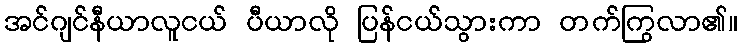
အင်ဂျင်နီယာလူငယ် ပီယာလို ပြန်ငယ်သွားကာ တက်ကြွလာ၏။